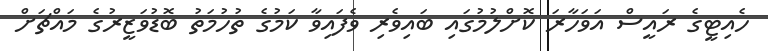
ހެއިޓީގެ ރައީސް އަވަހާރަ ކޮށްލުމުގައި ބައިވެރި ވެފައިވާ ކަމުގެ ތުހުމަތު ބޮޑުވަޒީރުގެ މައްޗަށް